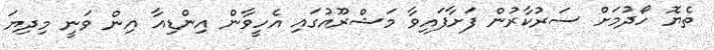
ތެޔޮ ހޯދުމަށް ސަރުކާރުން ފަށާފައިވާ މަޝްރޫއުގައި އެހީވާން އިންޑިއާ އިން ވަނީ މިދިޔަ